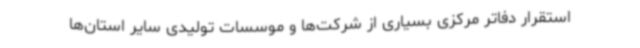
استقرار دفاتر مرکزی بسیاری از شرکت‌ها و موسسات تولیدی سایر استان‌ها